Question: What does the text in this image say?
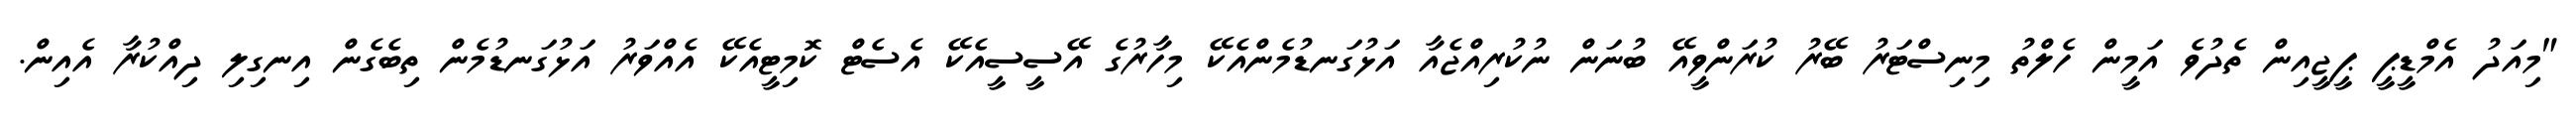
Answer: "މިއަދު އެމްޑީޕީ ޕީޖީއިން ތެދުވެ އަމީން ހެލްތު މިނިސްޓަރު ބޭރު ކުރަންވީއޭ ބުނަން ނުކުރިއްޖެއާ އަޅުގަނޑުމެންއެކޭ މިހާރުގެ އޭސީސީއެކޭ އެސެޓް ކޮމިޓީއެކޭ އެއްވަރު އަޅުގަނޑުމެން ތިބެގެން އިނގިލި ދިއްކުރާ އެއިން.